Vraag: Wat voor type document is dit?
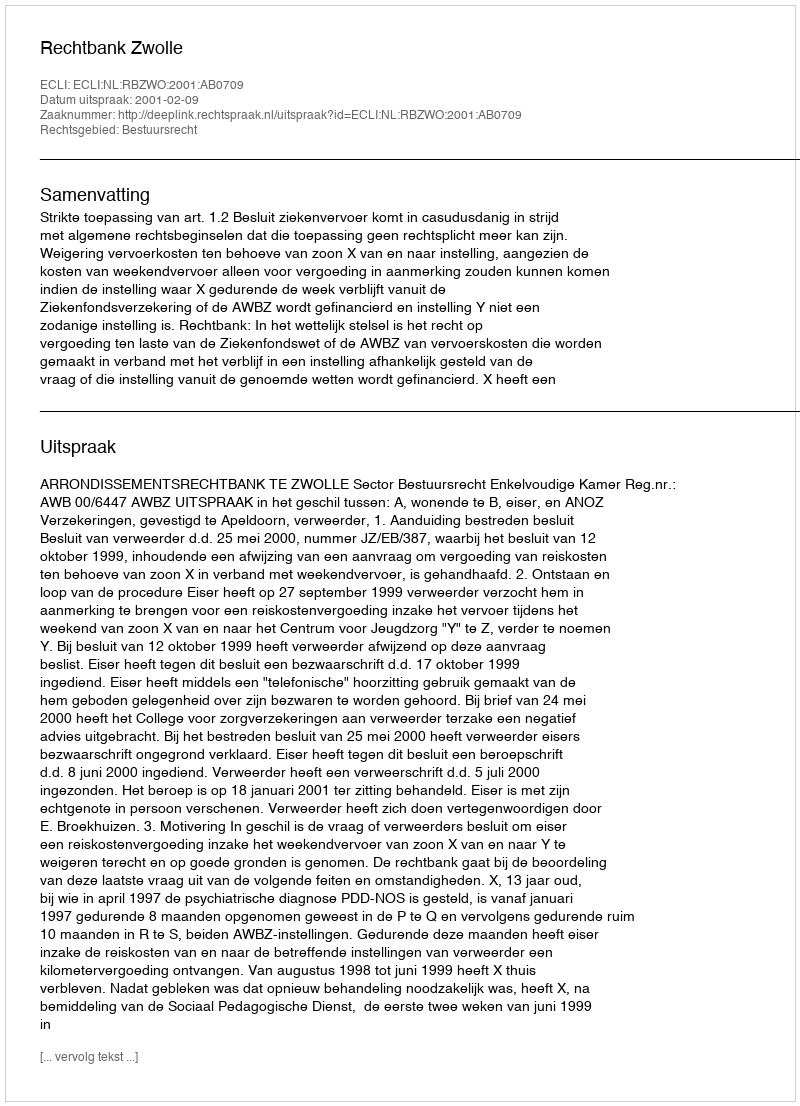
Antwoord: Uitspraak